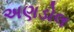
અણડોલ